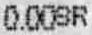
0.00SR